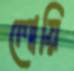
লোয়ি